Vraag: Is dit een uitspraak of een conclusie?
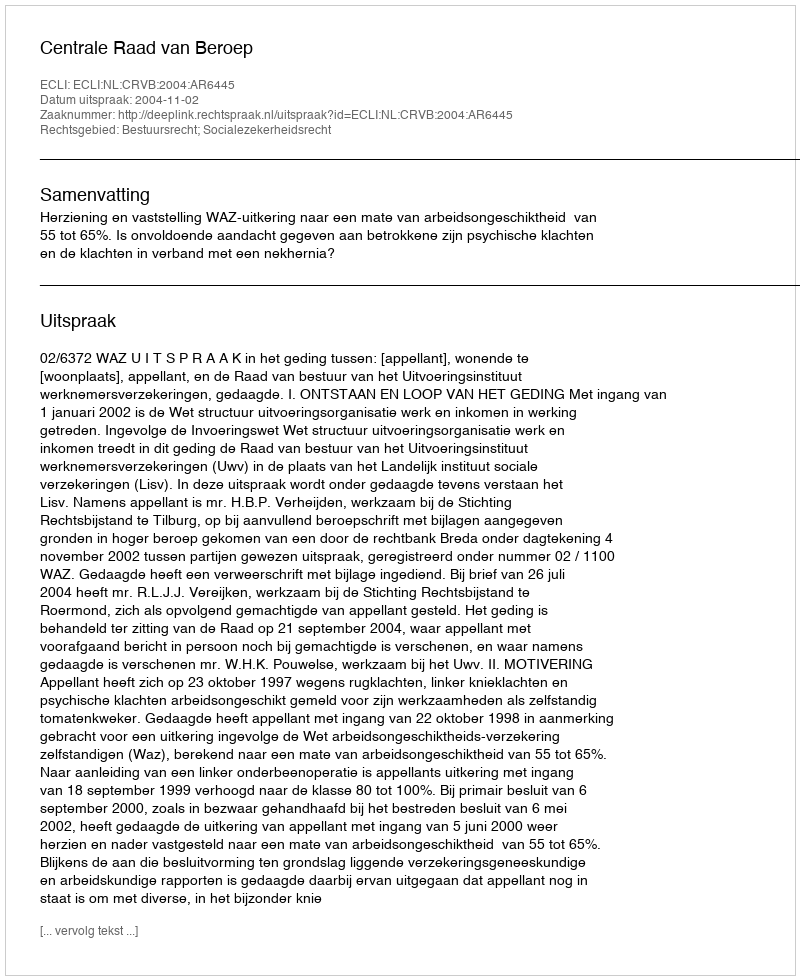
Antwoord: Uitspraak